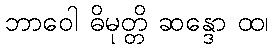
ဘာဝေါ ဓိမုတ္တိ ဆန္ဒော ထ၊